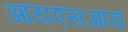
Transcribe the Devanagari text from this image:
आयएसआय